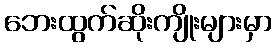
ဘေးထွက်ဆိုးကျိုးများမှာ